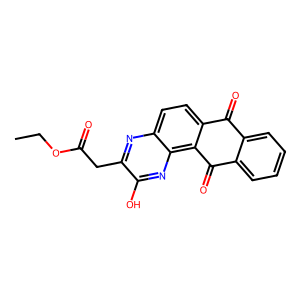
SMILES: CCOC(=O)Cc1nc2ccc3c(c2nc1O)C(=O)c1ccccc1C3=O
Inhibits HIV replication: No